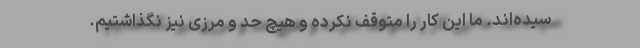
سیده‌اند. ما این کار را متوقف نکرده و هیچ حد و مرزی نیز نگذاشتیم.